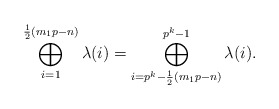
\begin{align*} \bigoplus_{i=1}^{\frac{1}{2}(m_1p-n)}\lambda(i) = \bigoplus_{i=p^k-\frac{1}{2}(m_1p-n)}^{p^k-1}\lambda(i).\end{align*}